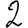
Digit: 2